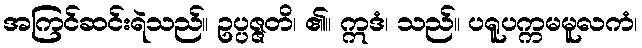
အကြင်ဆင်းရဲသည်။ ဥပ္ပဇ္ဇတိ၊ ၏။ ဣဒံ၊ သည်။ ပရူပက္ကမမူလကံ၊